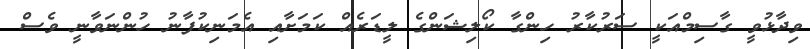
ވިދާޅުވީ ގާސިމްއަކީ ސަރުކާރު ހިންގާ ކޯލިޝަންގެ ލީޑަރެއް ކަމަށާއި އެމަނިކުފާނު ހުންނަވާނީ ވެސް